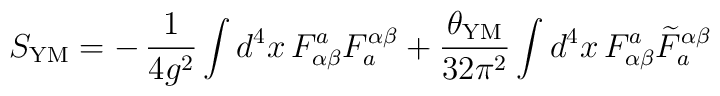
S_{\rm YM}= -\,\frac{1}{4 g^{2}} \int d^4 x  \,F_{\alpha \beta}^a F^{\alpha \beta}_a +  \frac{\theta_{\rm YM}}{32 \pi^2} \int d^4 x \,F_{\alpha \beta}^a {\widetilde{F}}^{\alpha \beta}_a